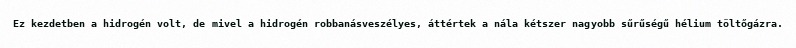
Ez kezdetben a hidrogén volt, de mivel a hidrogén robbanásveszélyes, áttértek a nála kétszer nagyobb sűrűségű hélium töltőgázra.